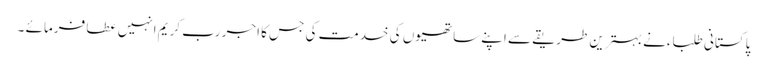
پاکستانی طلباءنے بہترین طریقے سے اپنے ساتھیوں کی خدمت کی جس کا اجر رب کریم انہیں عطا فرمائے ۔